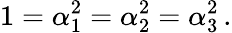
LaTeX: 1=\alpha_{1}^{2}=\alpha_{2}^{2}=\alpha_{3}^{2}\, .